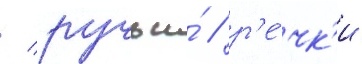
/ ручьи́ / р'е́чк'и